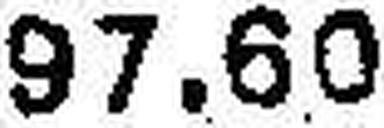
97.60